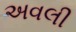
અવલી